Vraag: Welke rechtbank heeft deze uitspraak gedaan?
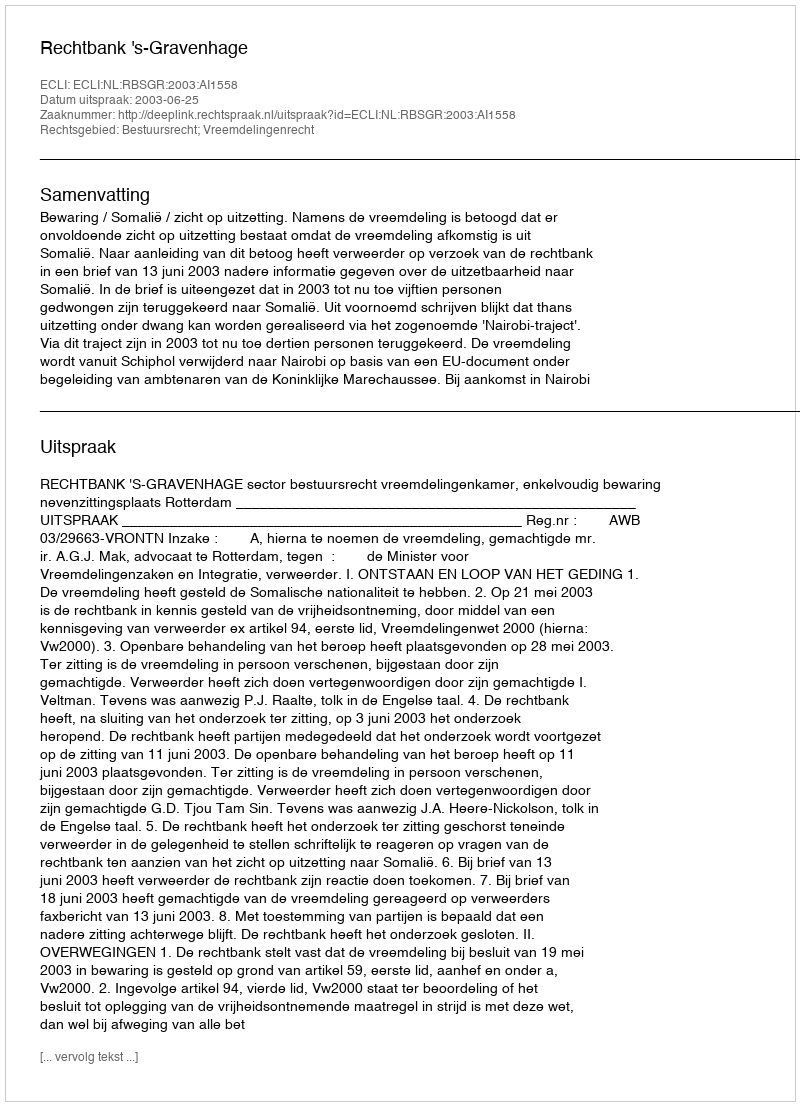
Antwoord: Rechtbank 's-Gravenhage